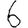
Digit: 6